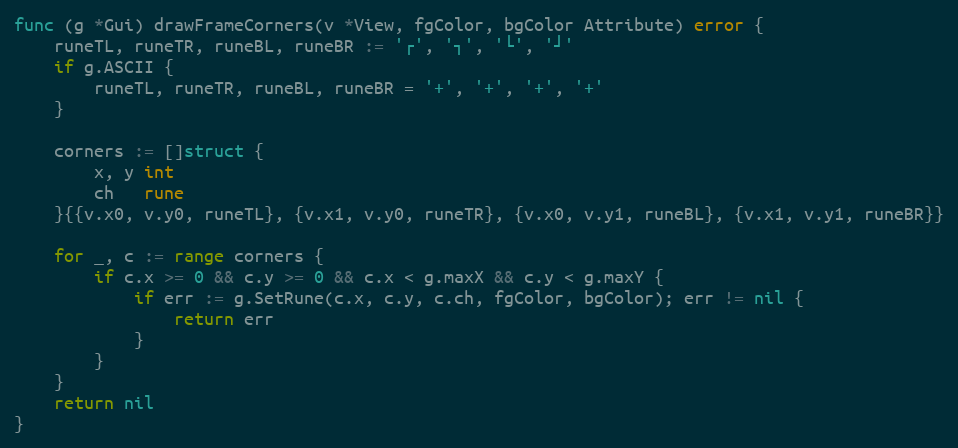
Language: Go
func (g *Gui) drawFrameCorners(v *View, fgColor, bgColor Attribute) error {
	runeTL, runeTR, runeBL, runeBR := '┌', '┐', '└', '┘'
	if g.ASCII {
		runeTL, runeTR, runeBL, runeBR = '+', '+', '+', '+'
	}

	corners := []struct {
		x, y int
		ch   rune
	}{{v.x0, v.y0, runeTL}, {v.x1, v.y0, runeTR}, {v.x0, v.y1, runeBL}, {v.x1, v.y1, runeBR}}

	for _, c := range corners {
		if c.x >= 0 && c.y >= 0 && c.x < g.maxX && c.y < g.maxY {
			if err := g.SetRune(c.x, c.y, c.ch, fgColor, bgColor); err != nil {
				return err
			}
		}
	}
	return nil
}